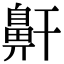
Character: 鼾